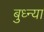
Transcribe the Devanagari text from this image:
बुध्न्या